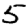
Digit: 5